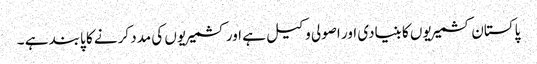
پاکستان کشمیریوں کا بنیادی اور اصولی وکیل ہے اور کشمیریوں کی مدد کرنے کا پابند ہے ۔